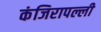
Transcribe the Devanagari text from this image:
कंजिरापल्ली